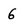
Character: 6